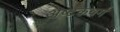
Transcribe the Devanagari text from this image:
अष्टकवर्ग